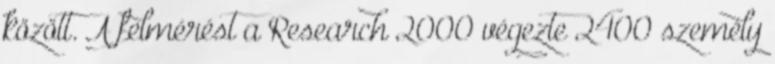
között. A felmérést a Research 2000 végezte 2400 személy